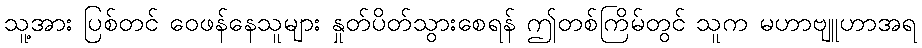
သူ့အား ပြစ်တင် ဝေဖန်နေသူများ နှုတ်ပိတ်သွားစေရန် ဤတစ်ကြိမ်တွင် သူက မဟာဗျူဟာအရ